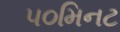
૫૦મિનટ